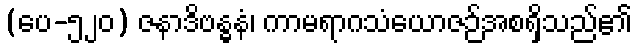
(ပေ-၅၂၀) ဇနာဒိဗန္ဓနံ၊ ကာမရာဂသံယောဇဉ်အစရှိသည်၏